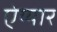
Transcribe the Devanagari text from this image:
ऐय्यार